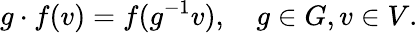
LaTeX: g\cdot f(v)=f(g^{-1}v),\quad g\in G,v\in V.